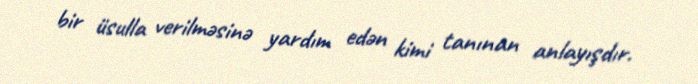
bir üsulla verilməsinə yardım edən kimi tanınan anlayışdır.